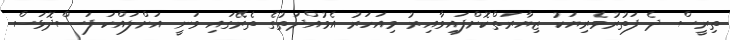
ތިރީސް ދެ ފަތުރުވެރިޔަކު ޒިޔާރަތްކޮށްފައިވާއިރު މިއަހަރު އެމުއްދަތުގެ ތެރޭގައި ވަނީ އަށްލައްކަ ފަސްދޮޅަސް